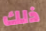
ذلك